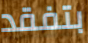
بتفقد